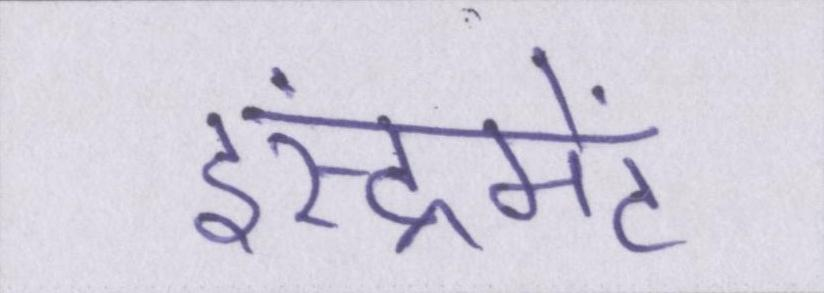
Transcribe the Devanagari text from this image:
इंस्ट्रूमेंट